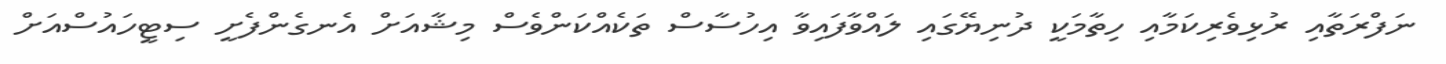
ނަފްރަތާއި ރުޅިވެރިކަމާއި ހިތާމަކީ ދުނިޔޭގައި ލައްވާފައިވާ އިހުސާސް ތަކެއްކަންވެސް މިޝާއަށް އެނގެންފެށީ ސިޓީހައުސްއަށް